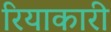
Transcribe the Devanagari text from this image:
रियाकारी